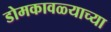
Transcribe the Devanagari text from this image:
डोमकावळ्याच्या